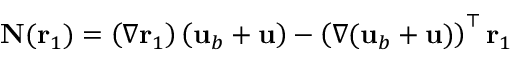
\mathbf { N } ( \mathbf { r } _ { 1 } ) = \left( \nabla \mathbf { r } _ { 1 } \right) \left( \mathbf { u } _ { b } + \mathbf { u } \right) - \left( \nabla ( \mathbf { u } _ { b } + \mathbf { u } ) \right) ^ { \top } \mathbf { r } _ { 1 }